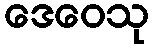
ဒေဝေသု